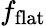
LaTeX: f_{\mathrm{flat}}